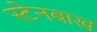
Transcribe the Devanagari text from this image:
स्टेनबाख